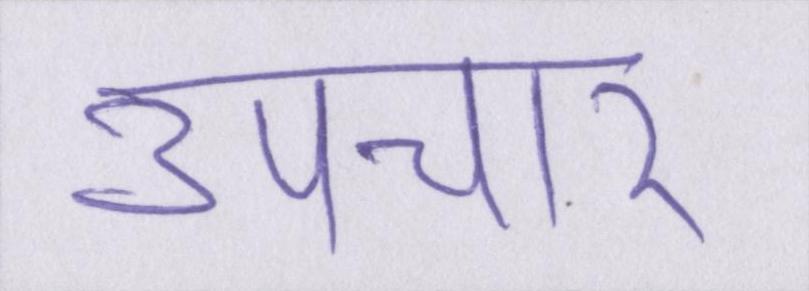
उपचार